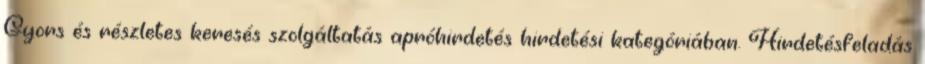
Gyors és részletes keresés szolgáltatás apróhirdetés hirdetési kategóriában. Hirdetésfeladás